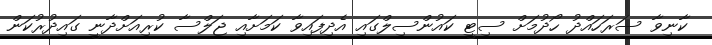
ކާނިވާ ސަރަހައްދު ހޯދުމަށް ސިޓީ ކައުންސިލްގައި އެދިފައިވާ ކަމަށާއި ޖަލްސާ ކުރިއަށްދާނީ ގައިދުރުކަން